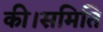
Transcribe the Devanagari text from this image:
की।समिति